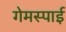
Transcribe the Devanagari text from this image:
गेमस्पाई